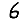
Digit: 6